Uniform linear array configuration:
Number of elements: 32
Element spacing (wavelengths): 1
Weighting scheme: binomial
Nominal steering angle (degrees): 15
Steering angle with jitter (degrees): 15.146
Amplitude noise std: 0.05
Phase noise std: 0.05

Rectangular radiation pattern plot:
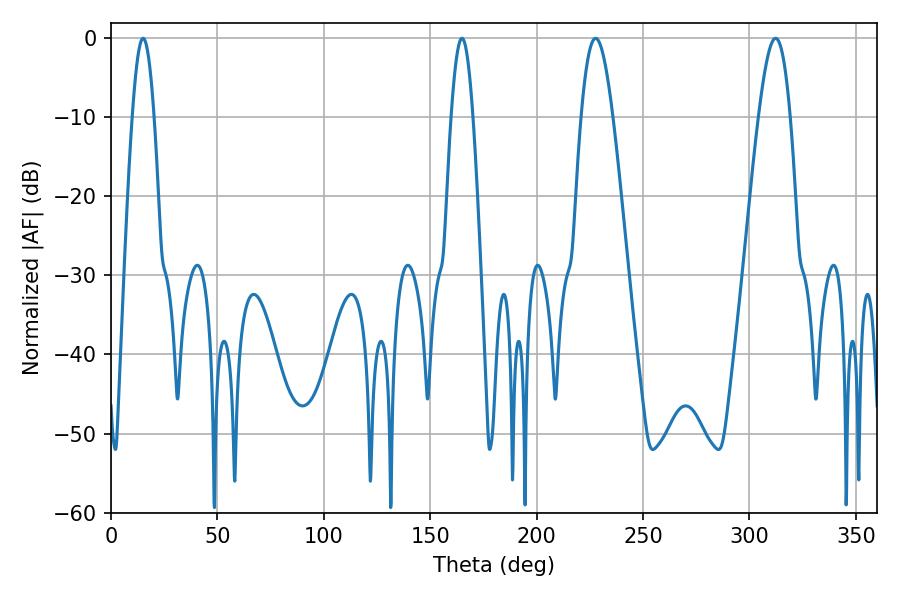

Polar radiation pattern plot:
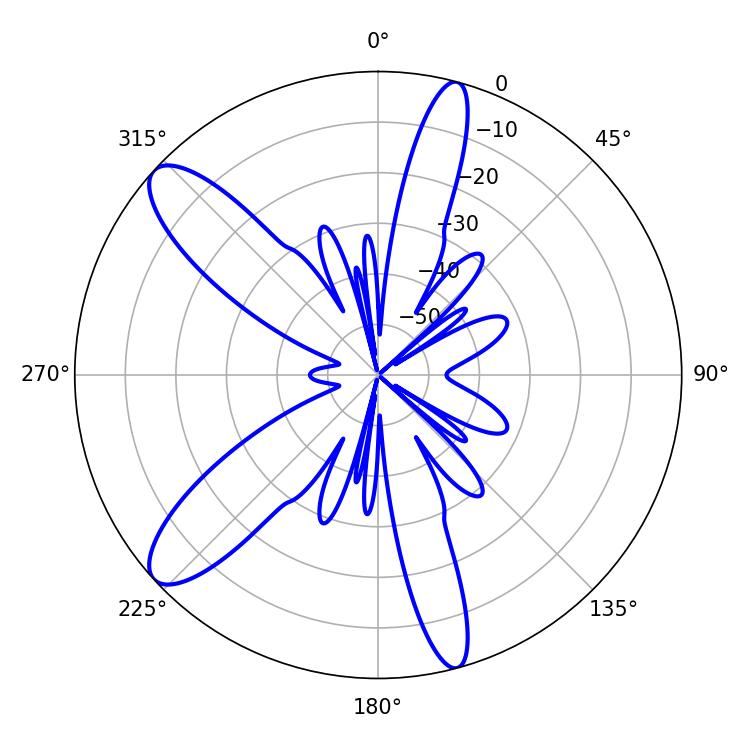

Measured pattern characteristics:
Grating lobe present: TRUE
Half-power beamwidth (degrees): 7.92
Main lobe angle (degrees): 227.7